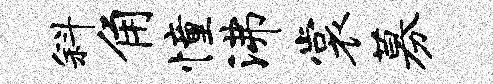
斜角憧沸裳募